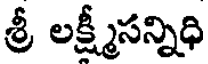
శ్రీ లక్ష్మీసన్నిధి